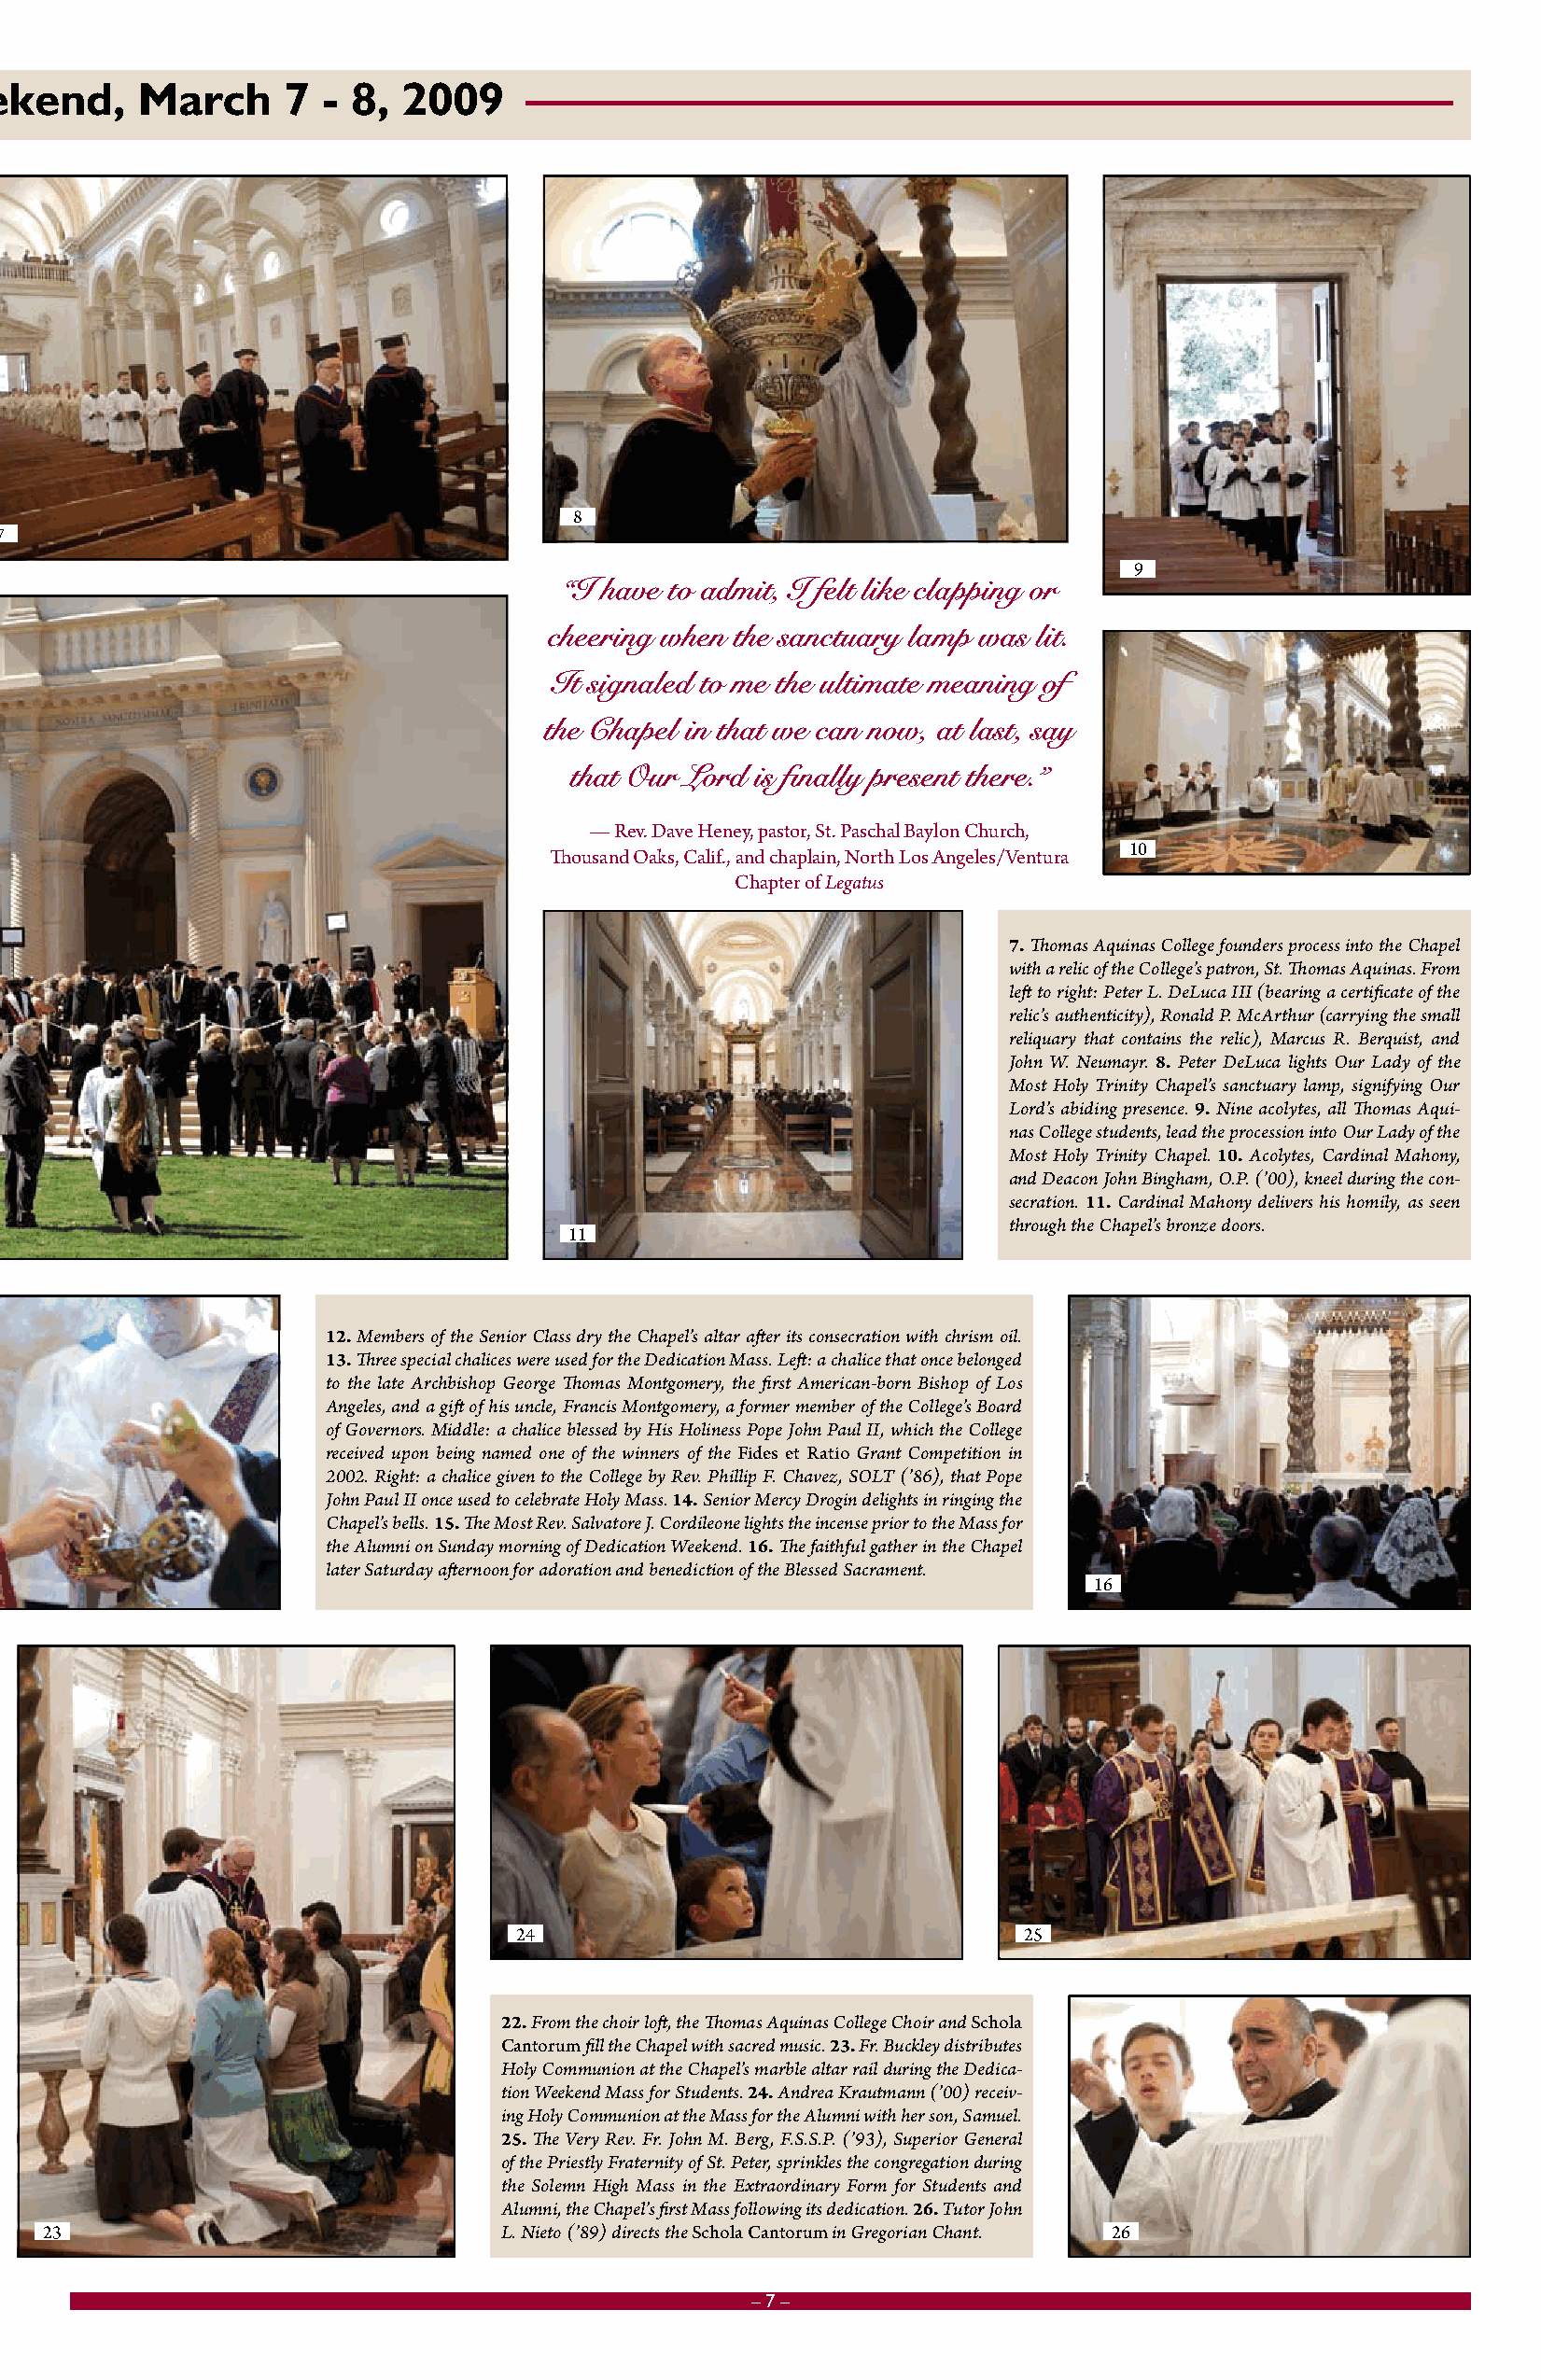
Chapel Dedication Weekend, March 7 - 8, 2009
 8
 7
 9
 “I have to admit, I felt like clapping or
 cheering when the sanctuary lamp was lit.
 It signaled to me the ultimate meaning of
 the Chapel in that we can now, at last, say
 that Our Lord is finally present there.”
 — Rev. Dave Heney, pastor, St. Paschal Baylon Church,
 10
 Thousand Oaks, Calif., and chaplain, North Los Angeles/Ventura
 Chapter of Legatus
 7. Thomas Aquinas College founders process into the Chapel
 with a relic of the College’s patron, St. Thomas Aquinas. From
 left to right: Peter L. DeLuca III (bearing a certificate of the
 relic’s authenticity), Ronald P. McArthur (carrying the small
 reliquary that contains the relic), Marcus R. Berquist, and
 John W. Neumayr. 8. Peter DeLuca lights Our Lady of the
 Most Holy Trinity Chapel’s sanctuary lamp, signifying Our
 Lord’s abiding presence. 9. Nine acolytes, all Thomas Aqui-
 nas College students, lead the procession into Our Lady of the
 Most Holy Trinity Chapel. 10. Acolytes, Cardinal Mahony,
 and Deacon John Bingham, O.P. (’00), kneel during the con-
 secration. 11. Cardinal Mahony delivers his homily, as seen
 through the Chapel’s bronze doors.
 11
 12. Members of the Senior Class dry the Chapel’s altar after its consecration with chrism oil.
 13. Three special chalices were used for the Dedication Mass. Left: a chalice that once belonged
 to the late Archbishop George Thomas Montgomery, the first American-born Bishop of Los
 Angeles, and a gift of his uncle, Francis Montgomery, a former member of the College’s Board
 of Governors. Middle: a chalice blessed by His Holiness Pope John Paul II, which the College
 received upon being named one of the winners of the Fides et Ratio Grant Competition in
 2002. Right: a chalice given to the College by Rev. Phillip F. Chavez, SOLT (’86), that Pope
 John Paul II once used to celebrate Holy Mass. 14. Senior Mercy Drogin delights in ringing the
 Chapel’s bells. 15. The Most Rev. Salvatore J. Cordileone lights the incense prior to the Mass for
 the Alumni on Sunday morning of Dedication Weekend. 16. The faithful gather in the Chapel
 later Saturday afternoon for adoration and benediction of the Blessed Sacrament.
 16
 24                                  25
 22. From the choir loft, the Thomas Aquinas College Choir and Schola
 Cantorum fill the Chapel with sacred music. 23. Fr. Buckley distributes
 Holy Communion at the Chapel’s marble altar rail during the Dedica-
 tion Weekend Mass for Students. 24. Andrea Krautmann (’00) receiv-
 ing Holy Communion at the Mass for the Alumni with her son, Samuel.
 25. The Very Rev. Fr. John M. Berg, F.S.S.P. (’93), Superior General
 of the Priestly Fraternity of St. Peter, sprinkles the congregation during
 the Solemn High Mass in the Extraordinary Form for Students and
 Alumni, the Chapel’s first Mass following its dedication. 26. Tutor John
 23                               L. Nieto (’89) directs the Schola Cantorum in Gregorian Chant. 26
 – 7 –